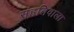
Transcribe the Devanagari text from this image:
संहतिवाला